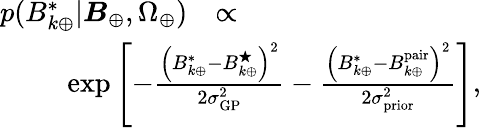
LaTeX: \begin{array}{rlr}{p(B_{k\oplus}^{*}|\boldsymbol{B}_{\oplus},\Omega_{\oplus})}&{\propto}&\\ &{}&{\! \! \! \! \! \! \! \! \! \! \! \! \! \! \! \! \! \! \! \! \! \! \! \! \! \! \! \! \! \! \! \! \! \! \! \! \! \! \! \! \! \! \exp\left[-\frac{\left(B_{k\oplus}^{*}-B_{k\oplus}^{\bigstar}\right)^{2}}{2\sigma_{\mathrm{GP}}^{2}}-\frac{\left(B_{k\oplus}^{*}-B_{k\oplus}^{\mathrm{pair}}\right)^{2}}{2\sigma_{\mathrm{prior}}^{2}}\right],}\end{array}